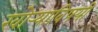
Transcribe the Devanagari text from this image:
खोर्‍याविषयी